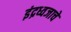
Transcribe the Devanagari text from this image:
इंद्रध्वजाचे